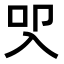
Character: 𭀾